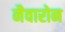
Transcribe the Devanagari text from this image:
नैवारोन